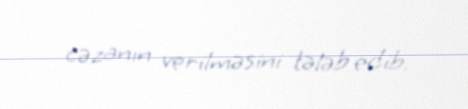
cəzanın verilməsini tələb edib.